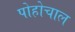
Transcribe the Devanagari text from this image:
पोहोचाल